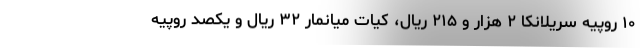
۱۰ روپیه سریلانکا ۲ هزار و ۲۱۵ ریال، کیات میانمار ۳۲ ریال و یکصد روپیه